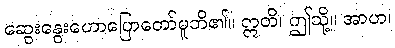
ဆွေးနွေးဟောပြောတော်မူဘိ၏။ ဣတိ၊ ဤသို့။ အာဟ၊